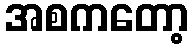
အစကတော့